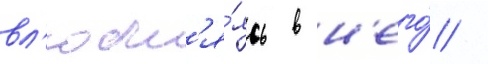
вл'юбл'я́ясь в н'его́ /